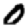
Digit: 0